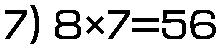
7) 8×7=56